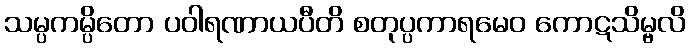
သမ္ပကမ္ပိတော ပဝါရဏာယပီတိ စတုပ္ပကာရမေဝ ကောဋသိမ္ဗလိ